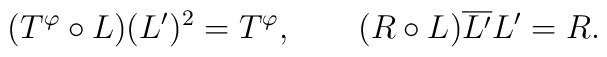
(T^\varphi\circ L)(L')^2 = T^\varphi, \qquad (R\circ L)\overline{L'} L' = R.